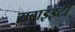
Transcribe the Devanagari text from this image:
सब्राइइटी